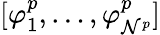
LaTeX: [{\varphi}_{1}^{p},\dots,{\varphi}_{\mathcal{N}^{p}}^{p}]